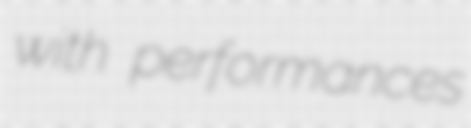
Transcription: with performances